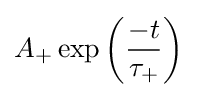
A_{+}\exp {\left({\frac {-t}{\tau _{+}}}\right)}